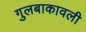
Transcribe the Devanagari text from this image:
गुलबाकावली